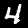
Label: 4